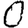
Digit: 0